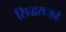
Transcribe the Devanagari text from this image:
सिद्धराजने